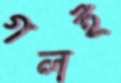
গলই